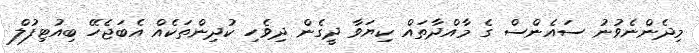
މިދެންނެވުނު ސައެންސް ގެ މާއްދާތައް ކިޔަވާ ދީގެން ދިވެހި ކުދިންތަކެއް އެބަޖެހޭ ބިއުޓިފުލް